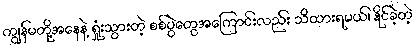
ကျွန်မတို့အနေနဲ့ ရှုံးသွားတဲ့ စစ်ပွဲတွေအကြောင်းလည်း သိထားရမယ်၊ နိုင်ခဲ့တဲ့